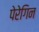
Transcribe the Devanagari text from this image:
पेरेगिन